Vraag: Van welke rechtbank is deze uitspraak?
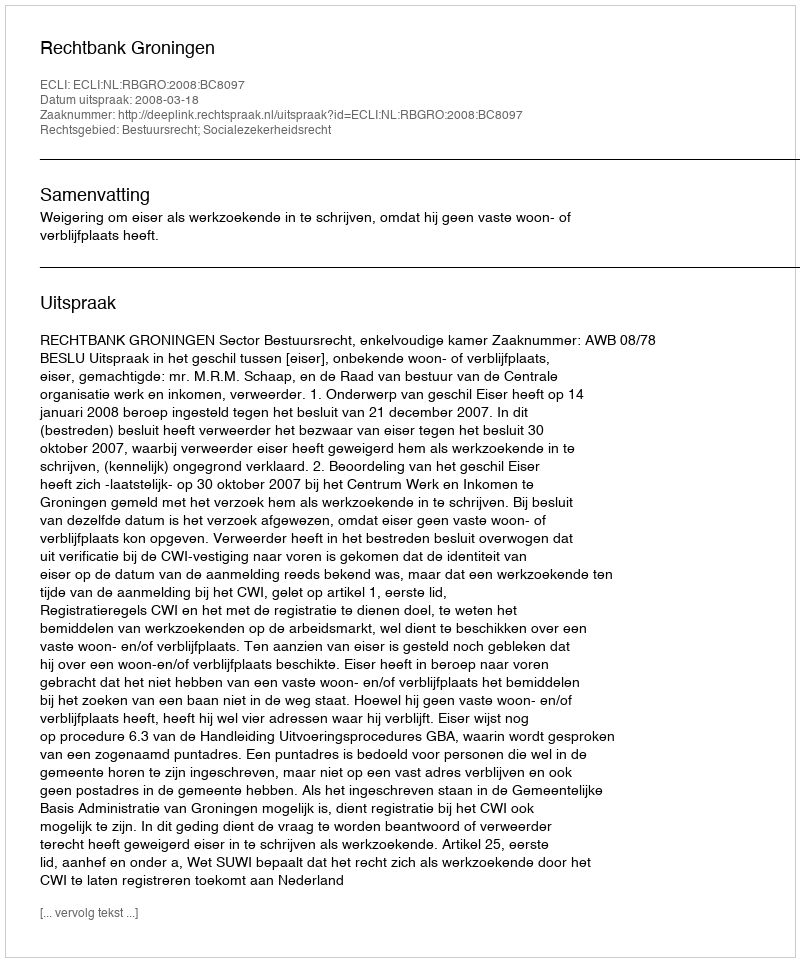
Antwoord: Rechtbank Groningen